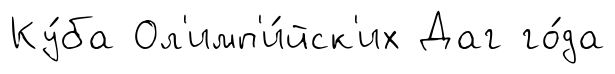
Ку́ба Ол'имп'и́йск'их Даг го́да